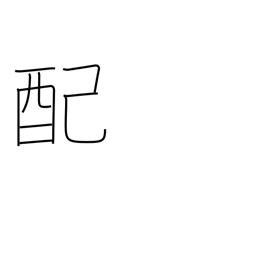
Meaning: rationing